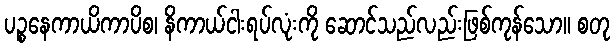
ပဉ္စနေကာယိကာပိစ၊ နိကာယ်ငါးရပ်လုံးကို ဆောင်သည်လည်းဖြစ်ကုန်သော။ စတု